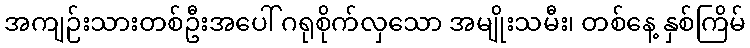
အကျဉ်းသားတစ်ဦးအပေါ် ဂရုစိုက်လှသော အမျိုးသမီး၊ တစ်နေ့ နှစ်ကြိမ်